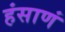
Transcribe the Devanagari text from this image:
हंसाणं